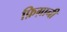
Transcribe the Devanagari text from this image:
फ़िग़ानी